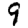
Digit: 9